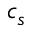
c _ { s }